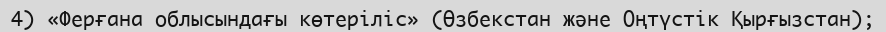
4) «Ферғана облысындағы көтеріліс» (Өзбекстан және Оңтүстік Қырғызстан);